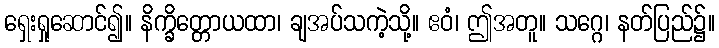
ရှေးရှုဆောင်၍။ နိက္ခိတ္တောယထာ၊ ချအပ်သကဲ့သို့။ ဧဝံ၊ ဤအတူ။ သဂ္ဂေ၊ နတ်ပြည်၌။